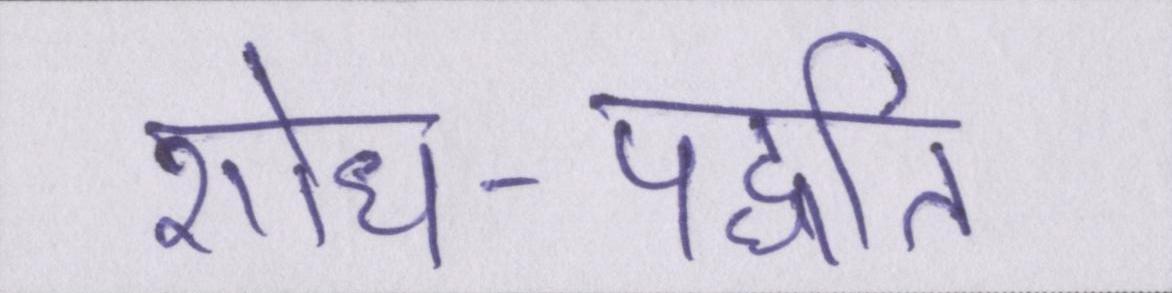
शोध-पद्धति